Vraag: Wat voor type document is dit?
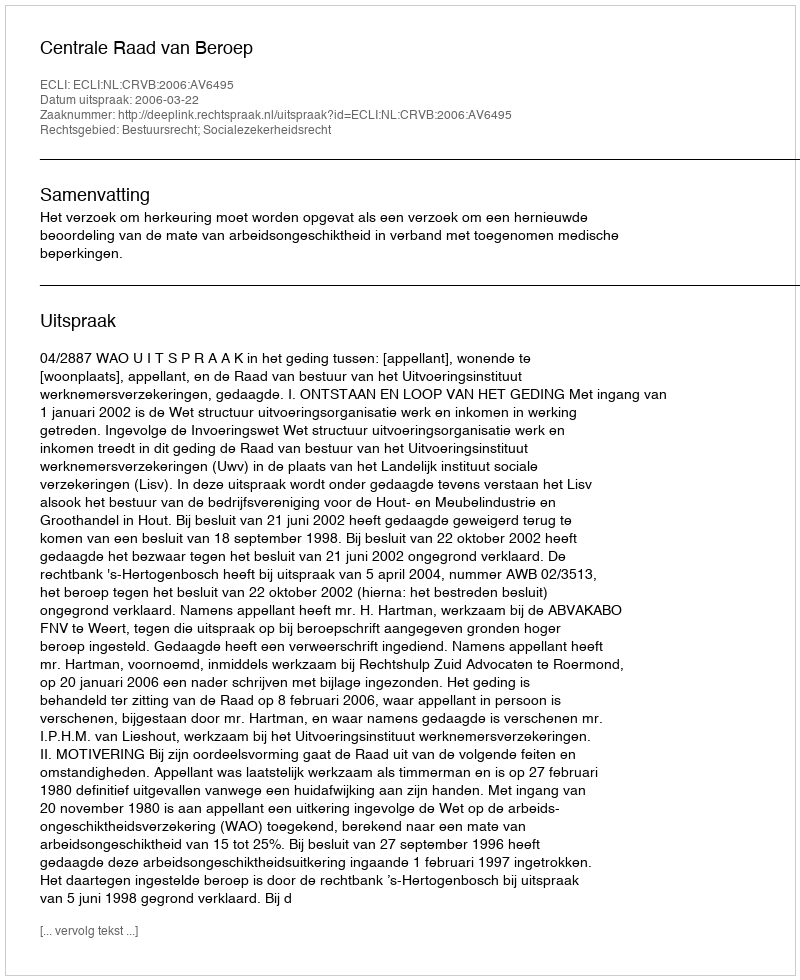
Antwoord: Uitspraak